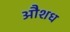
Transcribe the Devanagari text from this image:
औशध